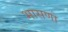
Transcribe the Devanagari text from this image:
भासणो